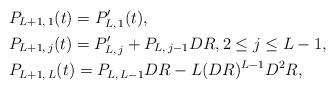
LaTeX: \begin{align*}& P_{L+1, \, 1} (t) = P'_{L, \, 1} (t), \\& P_{L+1, \, j} (t) = P'_{L, \, j} + P_{L, \, j-1} DR, 2 \leq j \leq L-1, \\& P_{L+1, \, L} (t) = P_{L, \, L-1} DR- L(DR)^{L-1} D^2R,\end{align*}